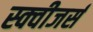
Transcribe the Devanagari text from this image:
स्क्वीजर्स